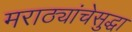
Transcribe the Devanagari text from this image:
मराठ्यांचेसुद्धा